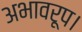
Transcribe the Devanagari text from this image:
अभावरूप।